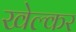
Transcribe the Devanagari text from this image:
खेल्कर